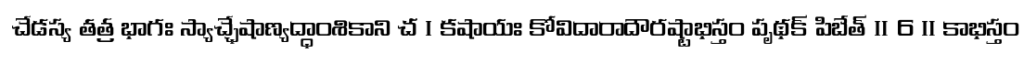
చేడస్య తత్ర భాగః స్యాచ్ఛేషాణ్యద్ధాంశికాని చ । కషాయః కోవిదారాదౌరష్టాభిస్తం పృథక్ పిబేత్ ॥ 6 ॥ కాభిస్తం